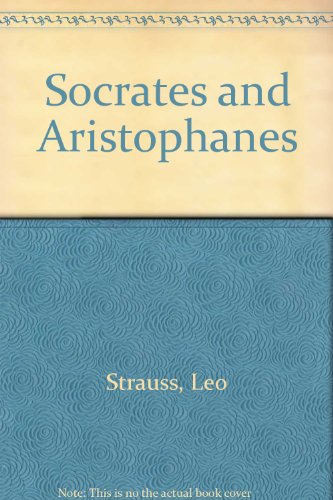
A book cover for Socrates and Aristophanes; Leo Strauss; Literature & Fiction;